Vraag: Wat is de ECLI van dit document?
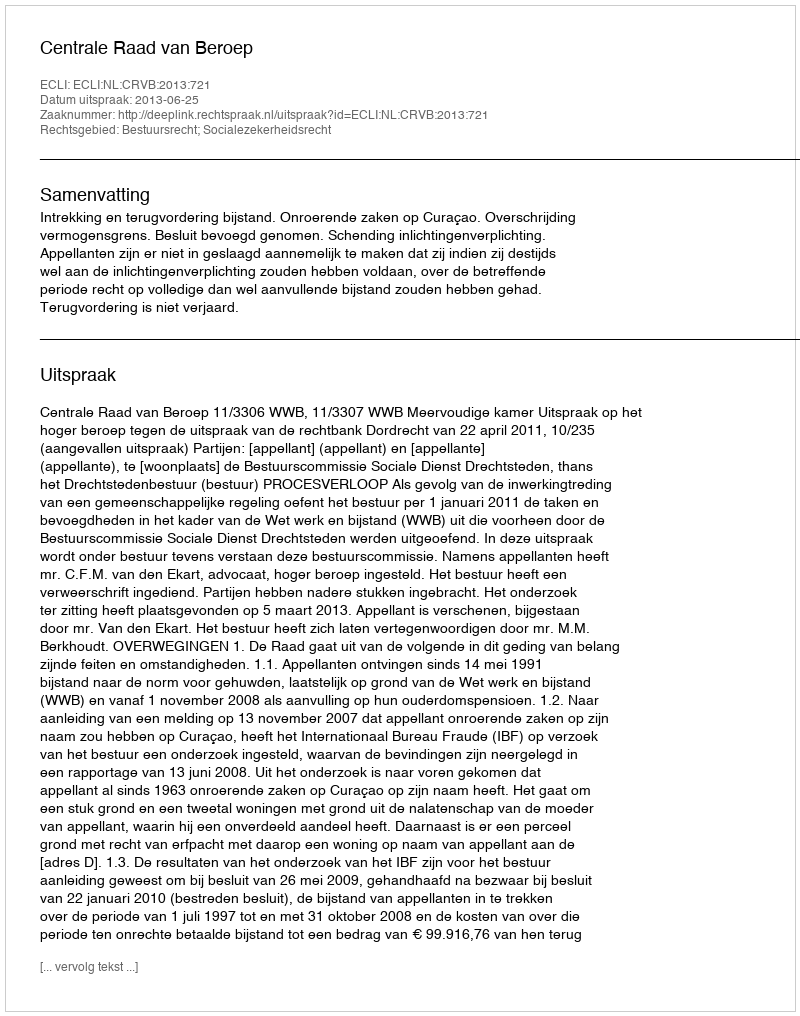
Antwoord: ECLI:NL:CRVB:2013:721